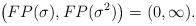
LaTeX: \begin{align*}\left(FP(\sigma), FP(\sigma^2) \right) = (0,\infty).\end{align*}